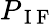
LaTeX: P_{\mathrm{~I~F~}}